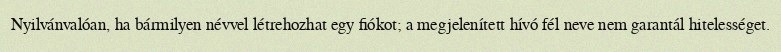
Nyilvánvalóan, ha bármilyen névvel létrehozhat egy fiókot; a megjelenített hívó fél neve nem garantál hitelességet.